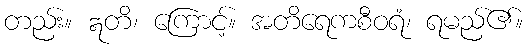
တည်း။ ဣတိ၊ ကြောင့်။ အတိရေကစီဝရံ၊ ရမည်၏။